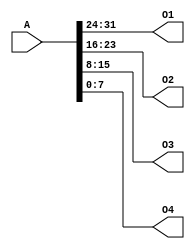
`timescale 1ns / 1ps
//////////////////////////////////////////////////////////////////////////////////
// Company: 
// Engineer: 
// 
// Design Name: 
// Module Name:    splitter 
// Project Name: 
// Target Devices: 
// Tool versions: 
// Description: 
//
// Dependencies: 
//
// Revision: 
// Revision 0.01 - File Created
// Additional Comments: 
//
//////////////////////////////////////////////////////////////////////////////////
module splitter(
    input [31:0] A,
    output [7:0] O1,
    output [7:0] O2,
    output [7:0] O3,
    output [7:0] O4
    );

	assign O1 = A[31:24];
	assign O2 = A[23:16];
	assign O3 = A[15:8];
	assign O4 = A[7:0];

endmodule